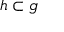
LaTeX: { \mathfrak { h } } \subset { \mathfrak { g } }